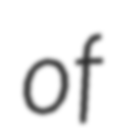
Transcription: of